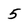
Character: 5